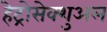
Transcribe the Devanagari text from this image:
हेट्रोसेक्शुअल